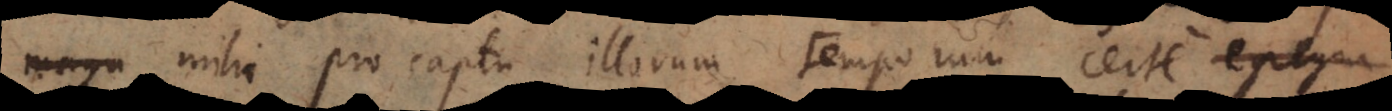
ia mihi pro captu illorum temporum certe egre